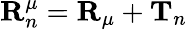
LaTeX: \mathbf{R}_{n}^{\mu}=\mathbf{R}_{\mu}+\mathbf{T}_{n}